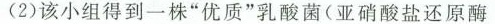
(2)该小组得到一株”优质”乳酸菌(亚硝酸盐还原酶